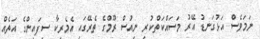
ނަމަވެސް އަޅުގަނޑު އޭރު މަސައްކަތްކުރި ނިއުސް ރޫމްގެ ތެރޭގައި އެމެރިކާ ސިފައިންގެ އަތެއް